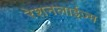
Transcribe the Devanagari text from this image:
रेशनलाईज़्म